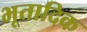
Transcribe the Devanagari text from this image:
भूतादिक